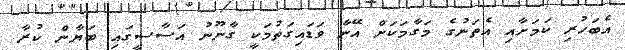
އެބަހުރި ކަމަށާއި އެތަނުގެ މަގާމަކަށް އޭނާ ވަޑައިގަތުމަކީ ގާނޫނު އަސާސީގައި ބަޔާން ކުރާ